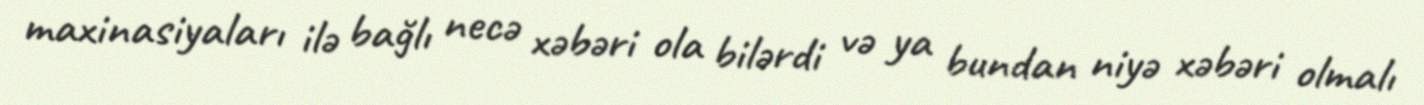
maxinasiyaları ilə bağlı necə xəbəri ola bilərdi və ya bundan niyə xəbəri olmalı